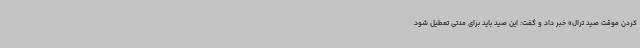
کردن موقت صید ترال» خبر داد و گفت: این صید باید برای مدتی تعطیل شود